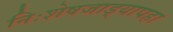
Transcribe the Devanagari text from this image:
निःशेषजाड्यापहा